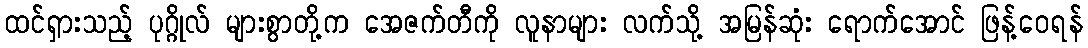
ထင်ရှားသည့် ပုဂ္ဂိုလ် များစွာတို့က အေဇက်တီကို လူနာများ လက်သို့ အမြန်ဆုံး ရောက်အောင် ဖြန့်ဝေရန်